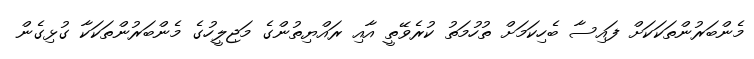
މެންބަރުންތަކަކަށް ފައިސާ ބެހިކަމަށް ތުހުމަތު ކުރެވޭތީ އާއި ރައްޔިތުންގެ މަޖިލީހުގެ މެންބަރުންތަކަކާ ގުޅިގެން